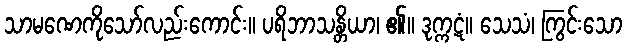
သာမဏေကိုသော်လည်းကောင်း။ ပရိဘာသန္တိယာ၊ ၏။ ဒုက္ကဋံ။ သေသံ၊ ကြွင်းသော